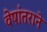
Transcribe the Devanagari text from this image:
वेषांतराने